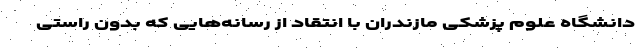
دانشگاه علوم پزشکی مازندران با انتقاد از رسانه‌هایی که بدون راستی